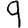
Digit: 9